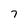
Character: 7